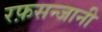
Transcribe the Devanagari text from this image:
रफ़सन्जानी